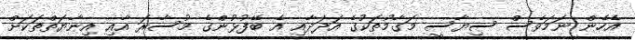
އެހެން ނަމަވެސް ސިޔާސީ މަގާމުތަކުގެ އަދަދާއި އެ ބޭފުޅުންގެ މުސާރަ އާއި އިނާޔަތްތަކަށް